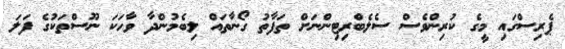
ޕެރިސްގައި މީގެ ކުރިންވެސް ސެލެބްރިޓިންނަށް ތަފާތު ގޯނާތައް ލިބެމުންދާ ވާހަކަ ނޫސްތަކުގެ ފަލަ